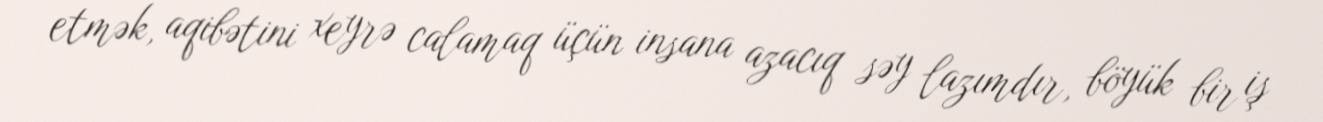
etmək, aqibətini xeyrə calamaq üçün insana azacıq səy lazımdır, böyük bir iş